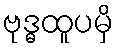
ဗုဒ္ဓထူပမှိ